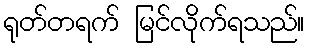
ရုတ်တရက် မြင်လိုက်ရသည်။